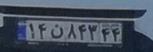
۱۴ن۸۴۳۴۴